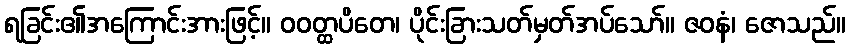
ရခြင်း၏အကြောင်းအားဖြင့်။ ဝဝတ္ထပိတေ၊ ပိုင်းခြားသတ်မှတ်အပ်သော်။ ဇဝနံ၊ ဇောသည်။